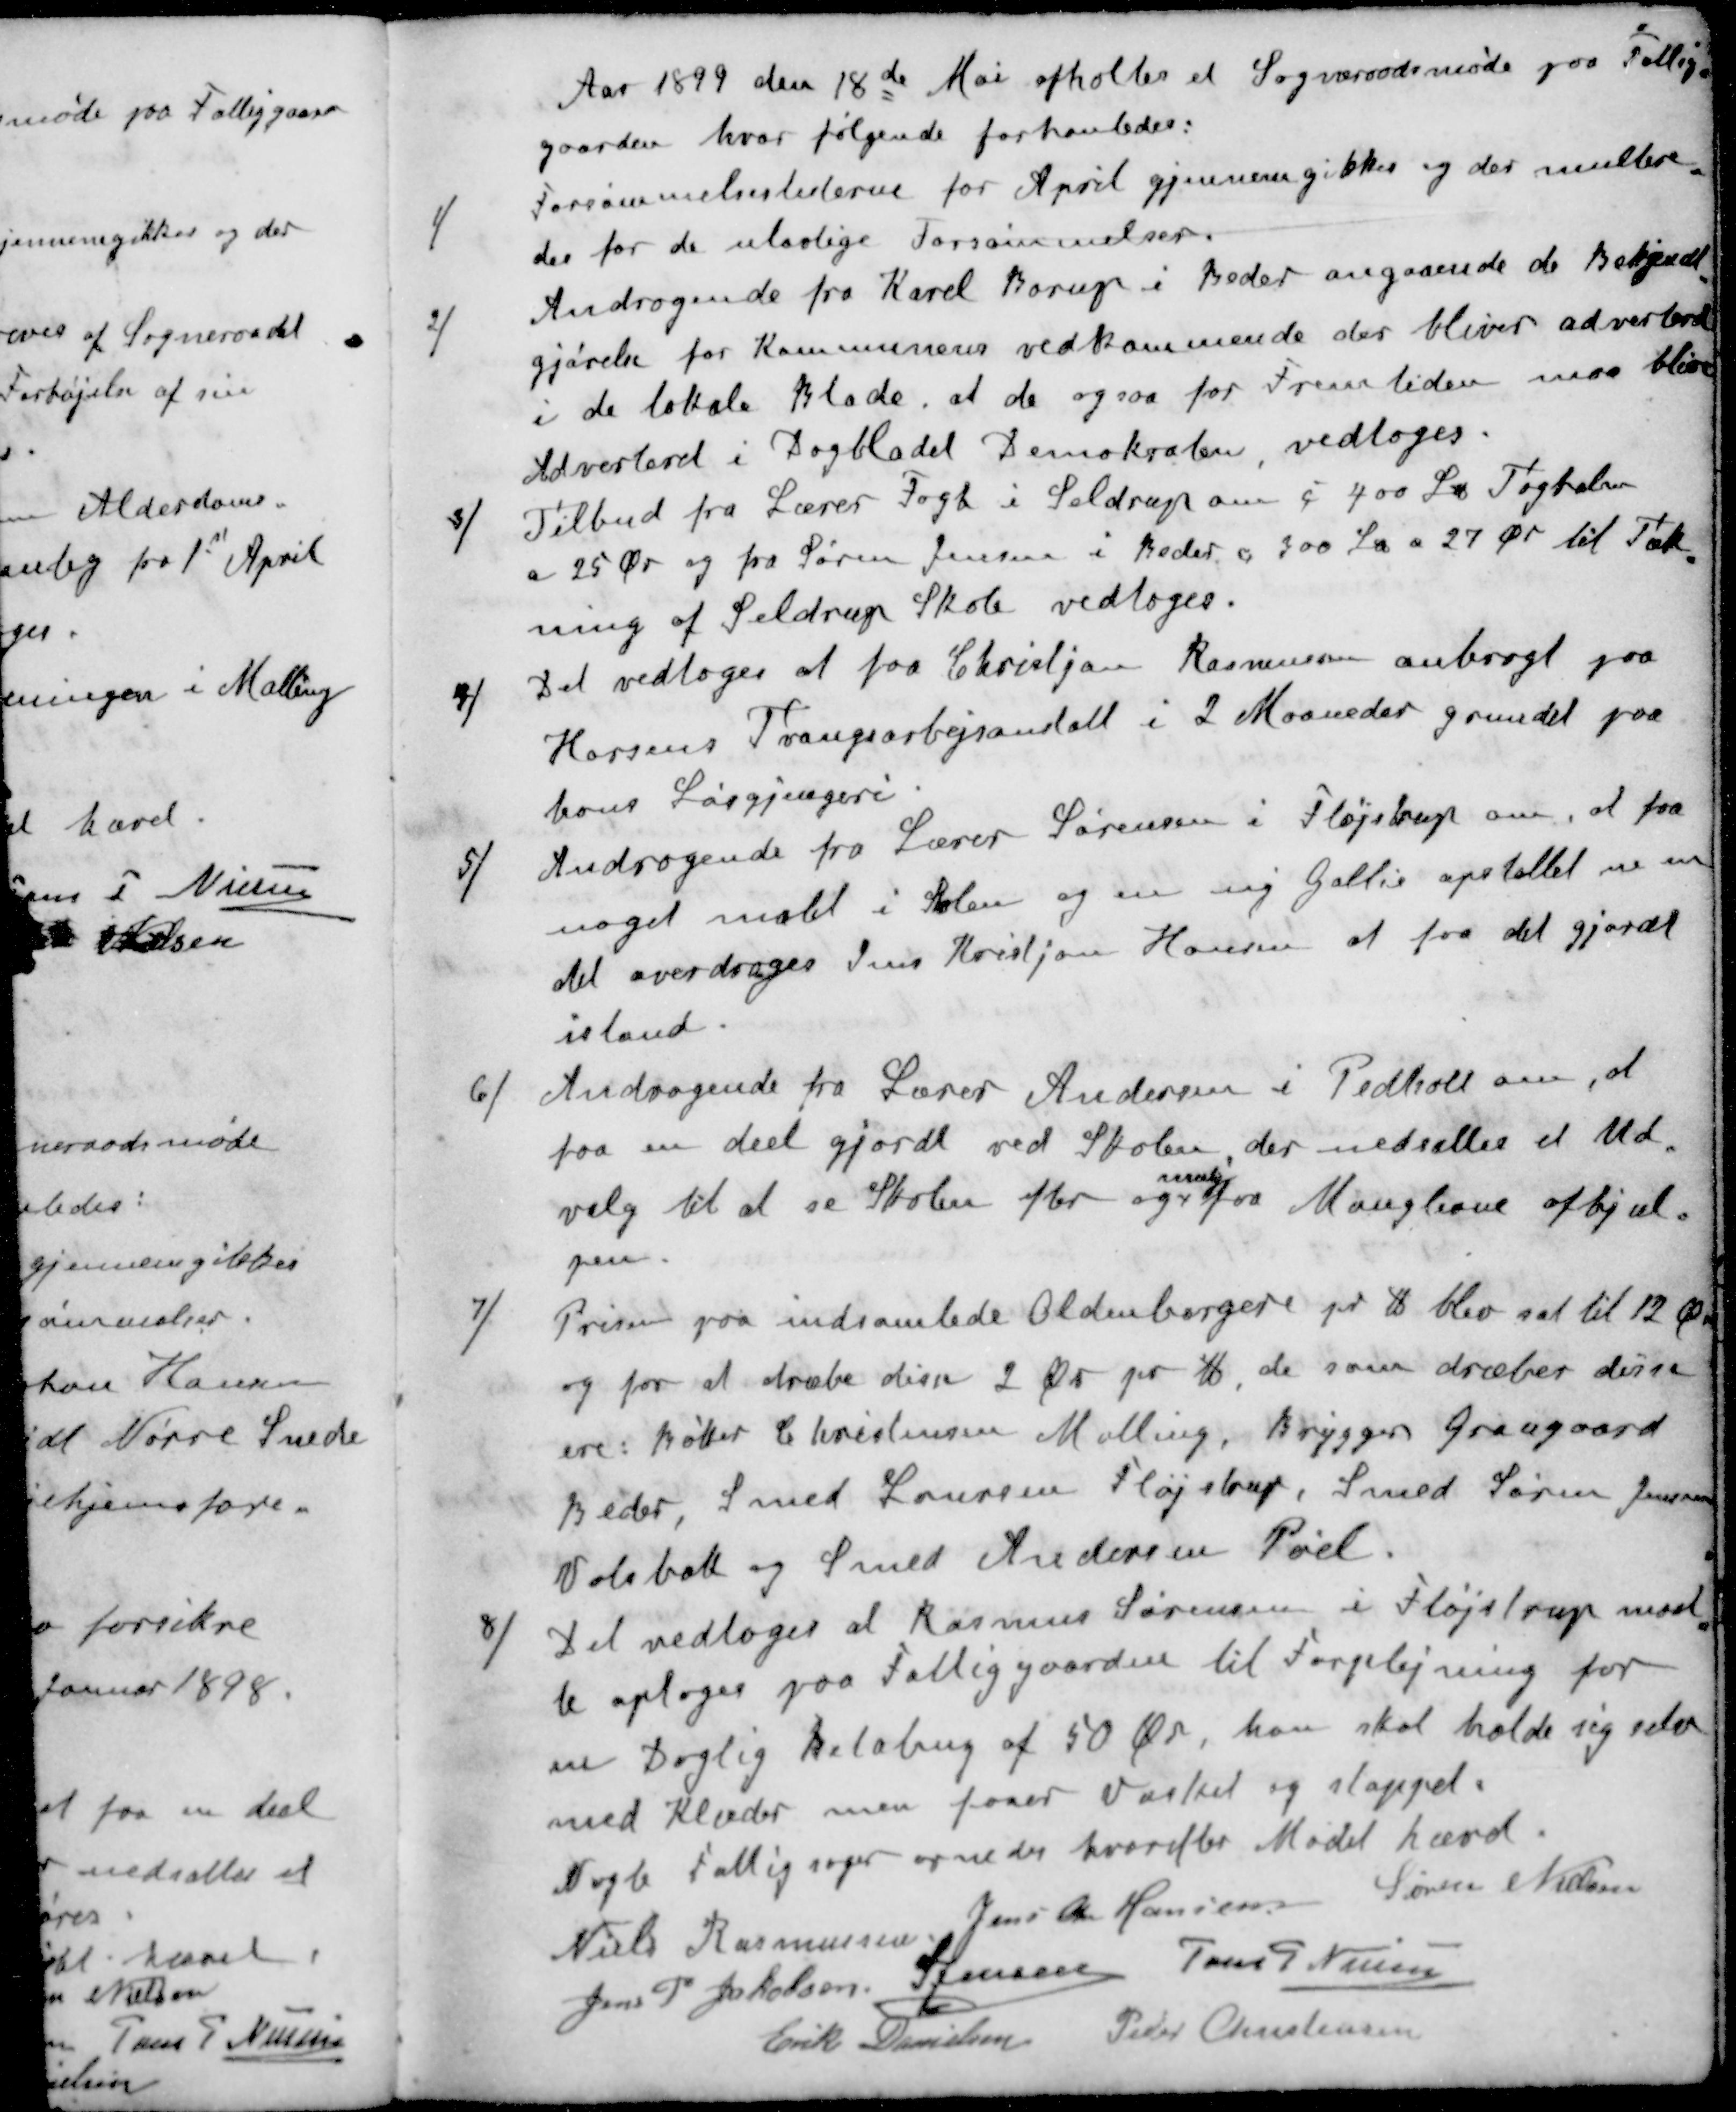
Transskription:
Aar 1899 den 18de Mai afholtes et Sogneraadsmøde paa Fattig-
gaarden hvor følgende forhanledes:
1 / Forsømmelsesliterne for April gjennemgikkes og der multere
des for de ulovlige Forsømmelser.
2 / Andragende fra Karel Borup i Beder angaaende de Bekjendt-
gjørelse for Kommunens vedkommende der bliver adverteret
i de lokale Blade, at de ogsaa for Fremtiden maa blive
Advesteret i Dagbladet Demokraten, vedtoges.
3 / Tilbud fra Lærer Fogh i Seldrup om 400 Lbs Taghalm
a 25 Øre og fra Søren Jensen i Beder og 300 Lbs a 27 Øre til Tæk-
ning af Seldrup Skole vedtoges.
4 / Det vedtoges at faa Christjan Rasmussen anbragt paa
Horsens Tvangsarbejsanstalt i 2 Maaneder grundet paa
hans Løsgjængeri.
5 / Andragende fra Lærer Sørensen i Fløjstrup om, at faa
noget malet i Skolen og en ny Gallie opstillet m m
det overdroges Jens Kristjan Hansen at faa det gjordt
istand.
6 / Andragende fra Lærer Andersen i Pedholt om, at
faa en deel gjordt ved Skolen der nedsættes et Ud-
snarlig
valg til at se Skolen efter og faa Manglerne afhjæl-
pen.
7 / Prisen paa indsamlede Oldenborgere pr lb blev sat til 12 Ø
og for at dræbe disse 2 Ør pr lb, de som dræber disse
ere: Bøker Christensen Malling, Brygger Graugaard
Beder, Smed Laursen Fløjstrup, Smed Søren Jensen
Volsbæk og Smed Andersen Pøel.
8 / Det vedtoges at Rasmus Sørensen i Fløjstrup maat-
te optages paa Fattiggaarden til Forplejning for
en Daglig Betaling af 50 Øre, han skal holde sig selv
med Klæder men faaer Vasket og stoppet.
Nogle Fattigsager ornedes hvorefter Mødet hævet.
Niels Rasmussen
Jens Chr Hansen
Søren Nielsen
Jens P Jakobsen
S Jensen
Jens P. Nielsen
Erik Danielsen
Peder Christensen